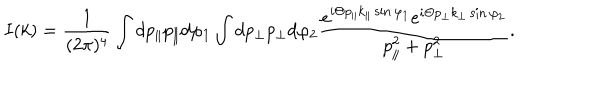
I ( k ) = \frac { 1 } { ( 2 \pi ) ^ { 4 } } \int d p _ { \parallel } p _ { \parallel } d \varphi _ { 1 } \int d p _ { \perp } p _ { \perp } d \varphi _ { 2 } \frac { e ^ { i \Theta p _ { \parallel } k _ { \parallel } \sin \varphi _ { 1 } } e ^ { i \Theta p _ { \perp } k _ { \perp } \sin \varphi _ { 2 } } } { p _ { \parallel } ^ { 2 } + p _ { \perp } ^ { 2 } } .